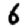
Digit: 6